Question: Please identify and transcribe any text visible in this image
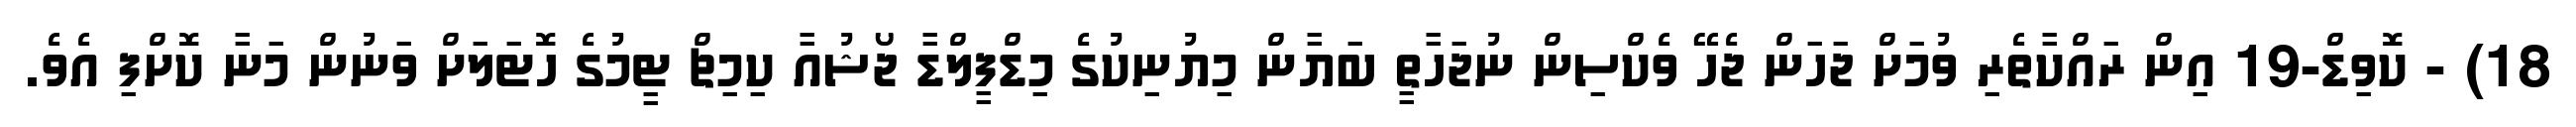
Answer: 18) - ކޮވިޑް-19 އިން ރައްކާތެރި ވުމަށް ޖަހަން ޖެހޭ ވެކްސިން ނުޖަހާތީ ބަޔާން މިޔުނިކުގެ މިޑްފީލްޑާ ޖޯޝުއާ ކިމިޗް ޓީމުގެ ހޮޓަލަށް ވަނުން މަނާ ކޮށްފި އެވެ.